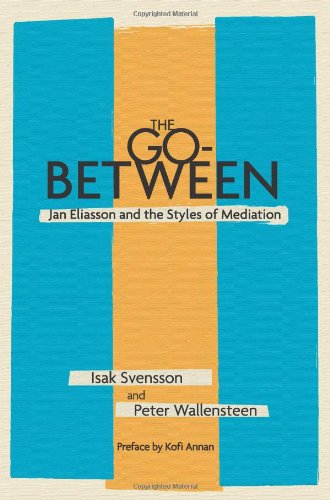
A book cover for The Go-Between: Jan Eliasson and the Styles of Mediation; Isak Svensson; Law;